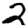
Digit: 2